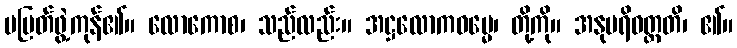
မပြတ်ဖွဲ့ကုန်၏။ လောကောစ၊ သည်လည်း။ အဋ္ဌလောကဓမ္မေ၊ တို့ကို။ အနုပရိဝတ္တတိ၊ ၏။